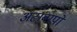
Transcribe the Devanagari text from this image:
अटाबापो